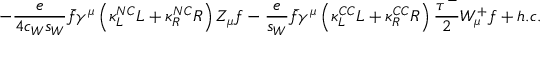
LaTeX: - \frac { e } { 4 c _ { W } s _ { W } } \bar { f } \gamma ^ { \mu } \left( \kappa _ { L } ^ { N C } L + \kappa _ { R } ^ { N C } R \right) Z _ { \mu } f - \frac { e } { s _ { W } } \bar { f } \gamma ^ { \mu } \left( \kappa _ { L } ^ { C C } L + \kappa _ { R } ^ { C C } R \right) \frac { \tau ^ { - } } { 2 } W _ { \mu } ^ { + } f + h . c .